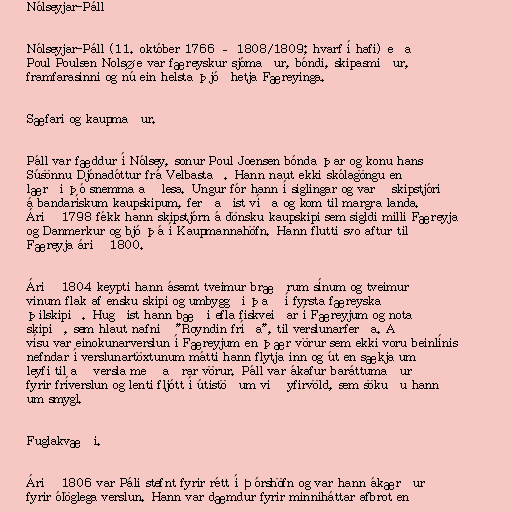
Nólseyjar-Páll

Nólseyjar-Páll (11. október 1766 – 1808/1809; hvarf í hafi) eða
Poul Poulsen Nolsøe var færeyskur sjómaður, bóndi, skipasmiður,
framfarasinni og nú ein helsta þjóðhetja Færeyinga.

Sæfari og kaupmaður.

Páll var fæddur í Nólsey, sonur Poul Joensen bónda þar og konu hans
Súsönnu Djónadóttur frá Velbastað. Hann naut ekki skólagöngu en
lærði þó snemma að lesa. Ungur fór hann í siglingar og varð skipstjóri
á bandarískum kaupskipum, ferðaðist víða og kom til margra landa.
Árið 1798 fékk hann skipstjórn á dönsku kaupskipi sem sigldi milli Færeyja
og Danmerkur og bjó þá í Kaupmannahöfn. Hann flutti svo aftur til
Færeyja árið 1800.

Árið 1804 keypti hann ásamt tveimur bræðrum sínum og tveimur
vinum flak af ensku skipi og umbyggði það í fyrsta færeyska
þilskipið. Hugðist hann bæði efla fiskveiðar í Færeyjum og nota
skipið, sem hlaut nafnið "Royndin fríða", til verslunarferða. Að
vísu var einokunarverslun í Færeyjum en þær vörur sem ekki voru beinlínis
nefndar í verslunartöxtunum mátti hann flytja inn og út en sækja um
leyfi til að versla með aðrar vörur. Páll var ákafur baráttumaður
fyrir fríverslun og lenti fljótt í útistöðum við yfirvöld, sem sökuðu hann
um smygl.

Fuglakvæði.

Árið 1806 var Páli stefnt fyrir rétt í Þórshöfn og var hann ákærður
fyrir ólöglega verslun. Hann var dæmdur fyrir minniháttar afbrot en